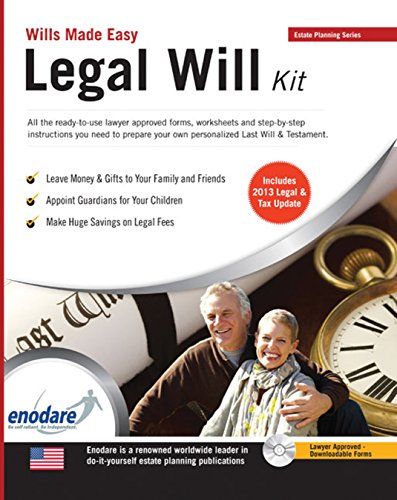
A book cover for Legal Will Kit: Wills Made Easy; Enodare; Law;